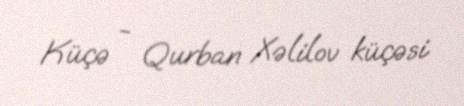
Küçə - Qurban Xəlilov küçəsi